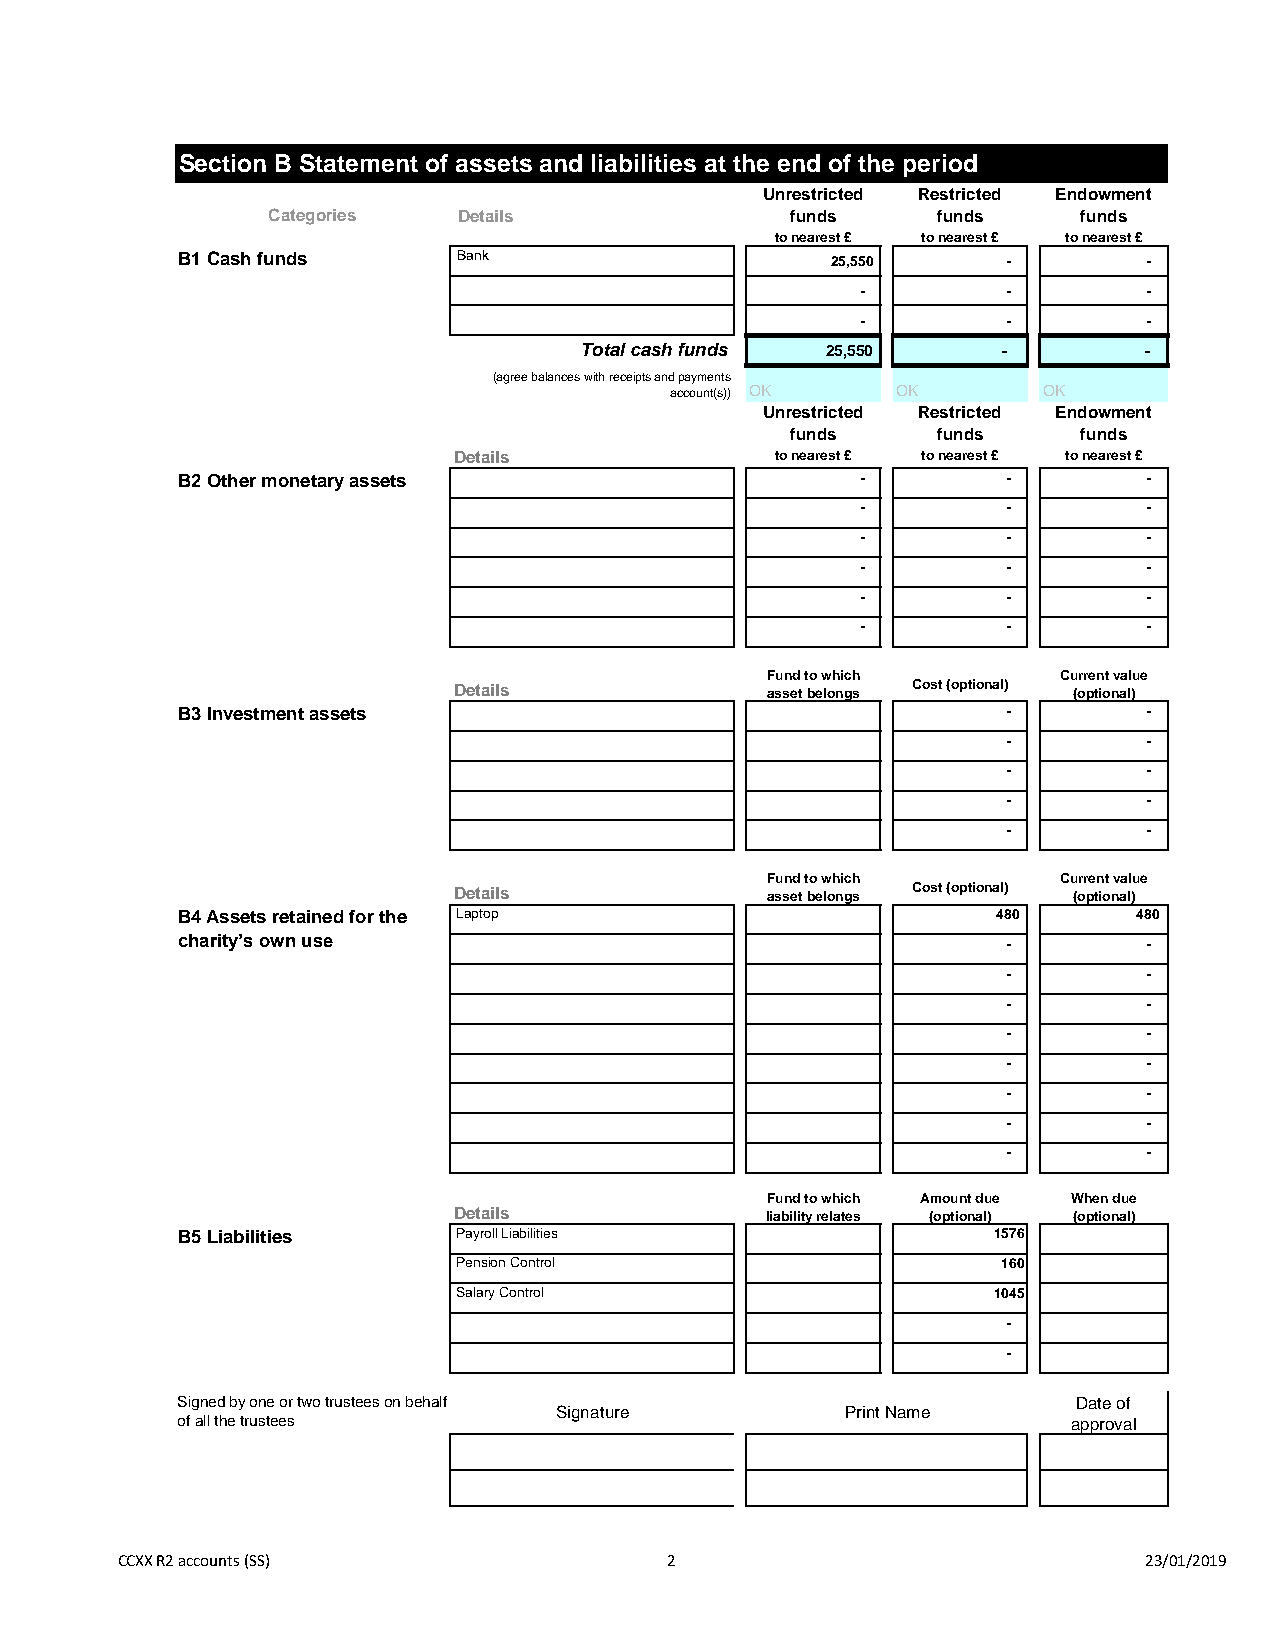
Section B Statement of assets and liabilities at the end of the period
 Unrestricted Restricted Endowment
 Categories  Details               funds     funds     funds
 to nearest £ to nearest £ to nearest £
 B1 Cash funds     Bank                     25,550      -        -
 -         -        -
 -         -        -
 Total cash funds 25,550     -         -
 (agree balances with receipts and payments
 account(s)) OK OK        OK
 Unrestricted Restricted Endowment
 funds     funds     funds
 Details              to nearest £ to nearest £ to nearest £
 B2 Other monetary assets                     -         -        -
 -         -        -
 -         -        -
 -         -        -
 -         -        -
 -         -        -
 Fund to which      Current value
 Details              asset belongs Cost (optional) (optional)
 B3 Investment assets                                   -        -
 -        -
 -        -
 -        -
 -        -
 Fund to which      Current value
 Details              asset belongs Cost (optional) (optional)
 B4 Assets retained for the Laptop                     480      480
 charity’s own use                                      -        -
 -        -
 -        -
 -        -
 -        -
 -        -
 -        -
 -        -
 Fund to which Amount due When due
 Details              liability relates (optional) (optional)
 B5 Liabilities    Payroll Liabilities                 1576
 Pension Control                     160
 Salary Control                      1045
 -
 -
 Signed by one or two trustees on behalf                    Date of
 Signature          Print Name
 of all the trustees                                        approval
 CCXX R2 accounts (SS)               2                               23/01/2019